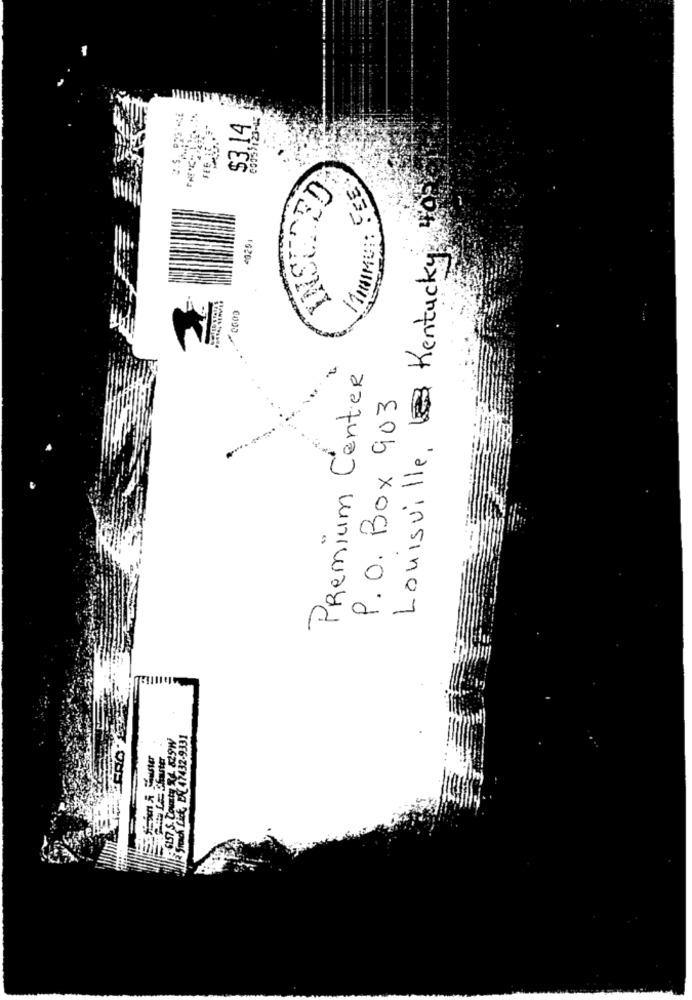
$3,14
INSURED
IMIMO :: FEE
40
40251
Louisville, Kentucky
Premium Center
P. O. Box 903
: 6157 S. County 4. 829W
French Lick, EN 47432-9331